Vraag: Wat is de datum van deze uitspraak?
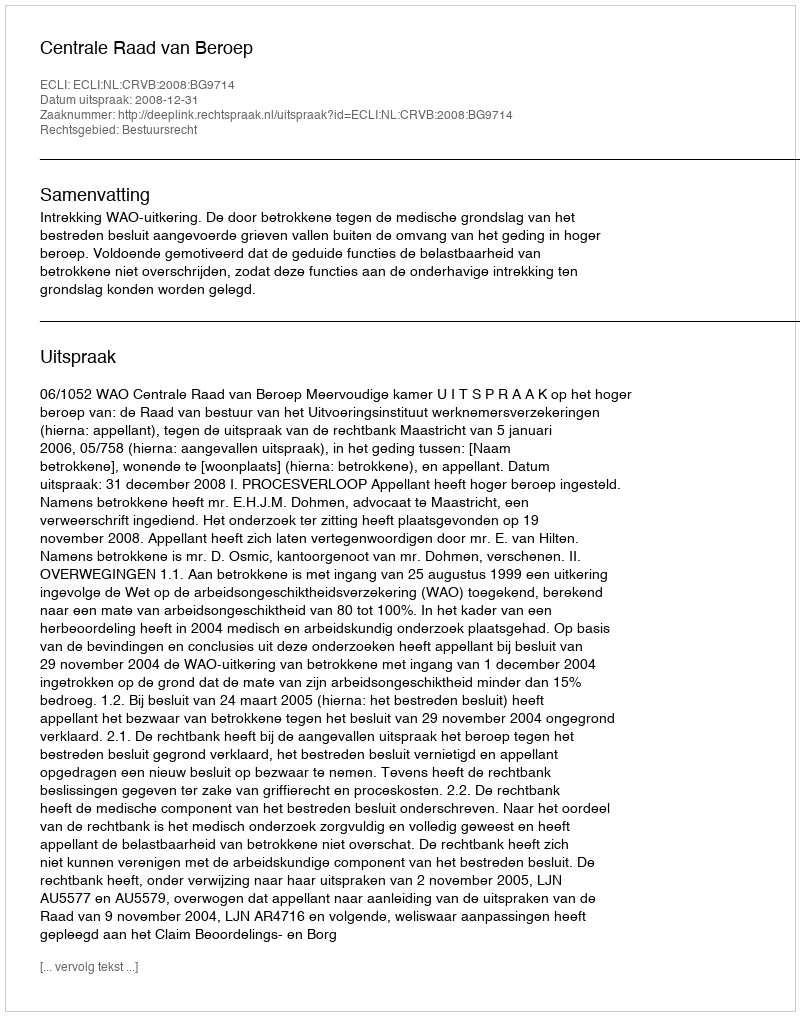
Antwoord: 2008-12-31